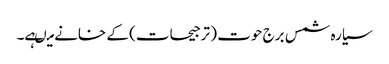
سیارہ شمس برج حوت ( ترجیحات) کے خانے میںہے۔